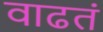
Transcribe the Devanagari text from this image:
वाढतं